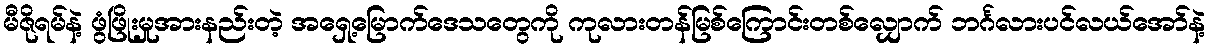
မီဇိုရမ်နဲ့ ဖွံဖြိုးမှုအားနည်းတဲ့ အရှေ့မြောက်ဒေသတွေကို ကုလားတန်မြစ်ကြောင်းတစ်လျှောက် ဘင်္ဂလားပင်လယ်အော်နဲ့